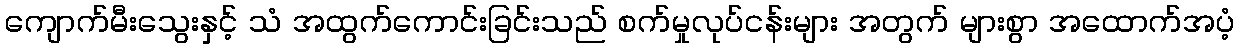
ကျောက်မီးသွေးနှင့် သံ အထွက်ကောင်းခြင်းသည် စက်မှုလုပ်ငန်းများ အတွက် များစွာ အထောက်အပံ့